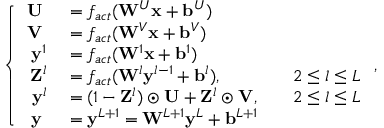
\left\{ \begin{array} { r l r l } { \mathbf { U } \; } & { { } = f _ { a c t } ( \mathbf { W } ^ { U } \mathbf { x } + \mathbf { b } ^ { U } ) } & { } & { { } } \\ { \mathbf { V } \; } & { { } = f _ { a c t } ( \mathbf { W } ^ { V } \mathbf { x } + \mathbf { b } ^ { V } ) } & { } & { { } } \\ { \mathbf { y } ^ { 1 } } & { { } = f _ { a c t } ( \mathbf { W } ^ { 1 } \mathbf { x } + \mathbf { b } ^ { 1 } ) } & { } & { { } } \\ { \mathbf { Z } ^ { l } } & { { } = f _ { a c t } ( \mathbf { W } ^ { l } \mathbf { y } ^ { l - 1 } + \mathbf { b } ^ { l } ) , } & { } & { { } 2 \le l \le L } \\ { \mathbf { y } ^ { l } } & { { } = ( 1 - \mathbf { Z } ^ { l } ) \odot \mathbf { U } + \mathbf { Z } ^ { l } \odot \mathbf { V } , } & { } & { { } 2 \le l \le L } \\ { \mathbf { y } \; } & { { } = \mathbf { y } ^ { L + 1 } = \mathbf { W } ^ { L + 1 } \mathbf { y } ^ { L } + \mathbf { b } ^ { L + 1 } } & { } & { { } } \end{array} \right. ,